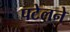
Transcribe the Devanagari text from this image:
पटेलने